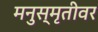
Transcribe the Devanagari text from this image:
मनुस्मृतीवर